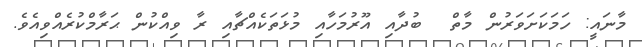
މާނައީ: ހަމަކަށަވަރުން މާތް  ބުދާއި އޫރުމަހާއި މުޅަތަކެއްޗާއި ރާ ވިއްކުން ޙަރާމްކުރެއްވިއެވެ.